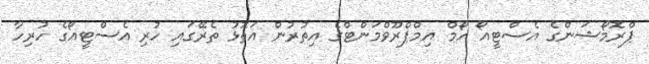
ޕްރޮމޯޝަންގެ އެސްޓީއޯ ހޯމް އިމްޕްރޫވްމަންޓްގެ އިތުރުން އަތޮޅު ތެރޭގައި ހުރި އެސްޓީއޯގެ ހުރިހާ